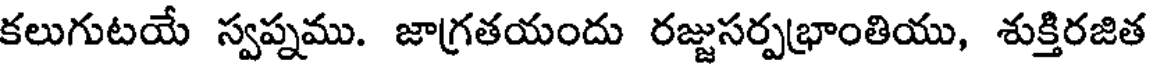
కలుగుటయే స్వప్నము. జాగ్రతయందు రజ్జుసర్పభ్రాంతియు, శుక్తిరజిత